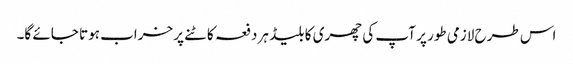
اس طرح لازمی طور پر آپ کی چھری کا بلیڈ ہر دفعہ کاٹنے پر خراب ہوتا جائے گا۔